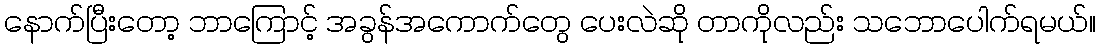
နောက်ပြီးတော့ ဘာကြောင့် အခွန်အကောက်တွေ ပေးလဲဆို တာကိုလည်း သဘောပေါက်ရမယ်။